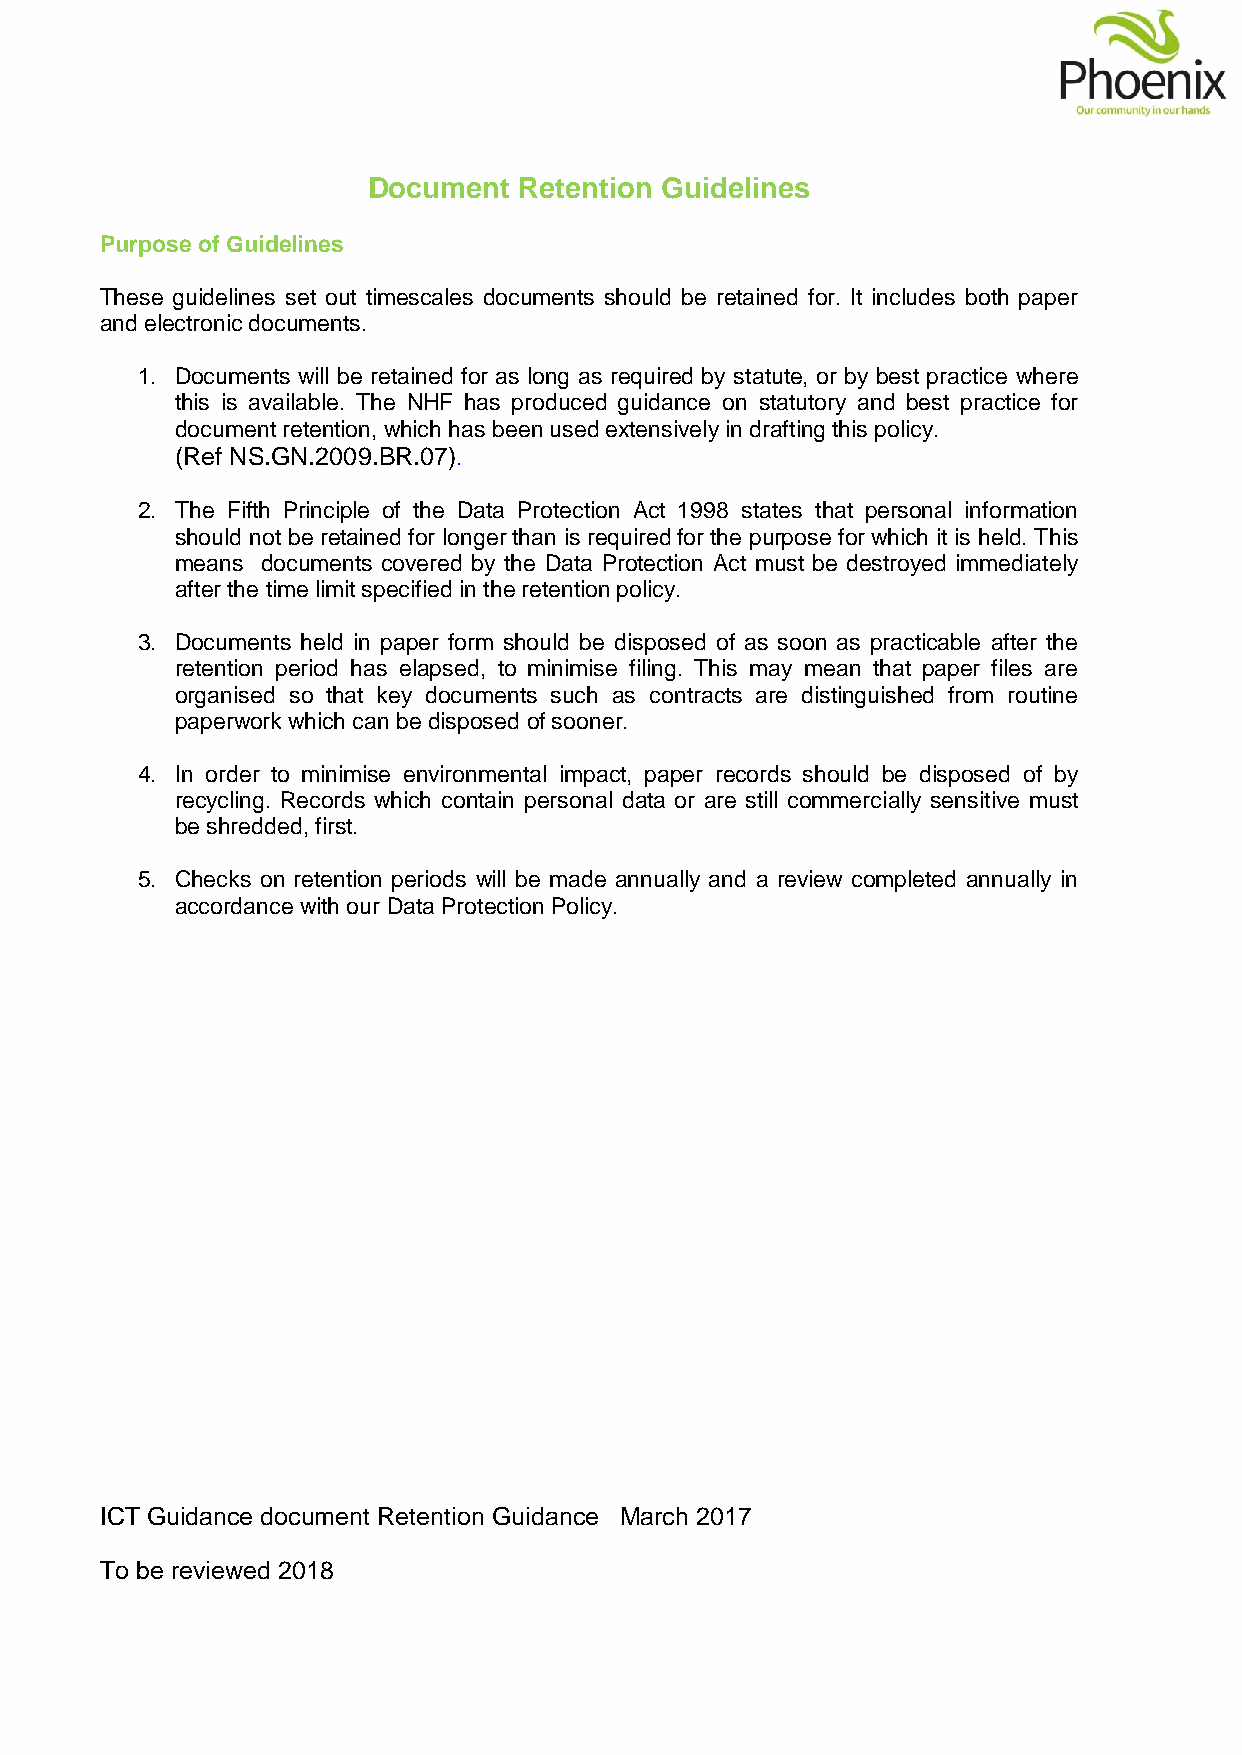
Document  Retention Guidelines
 Purpose of Guidelines
 These guidelines set out timescales documents should be retained for. It includes both paper
 and electronic documents.
 1. Documents will be retained for as long as required by statute, or by best practice where
 this is available. The NHF has produced guidance on statutory and best practice for
 document retention, which has been used extensively in drafting this policy.
 (Ref NS.GN.2009.BR.07).
 2. The Fifth Principle of the Data Protection Act 1998 states that personal information
 should not be retained for longer than is required for the purpose for which it is held. This
 means documents covered by the Data Protection Act must be destroyed immediately
 after the time limit specified in the retention policy.
 3. Documents held in paper form should be disposed of as soon as practicable after the
 retention period has elapsed, to minimise filing. This may mean that paper files are
 organised so that key documents such as contracts are distinguished from routine
 paperwork which can be disposed of sooner.
 4. In order to minimise environmental impact, paper records should be disposed of by
 recycling. Records which contain personal data or are still commercially sensitive must
 be shredded, first.
 5. Checks on retention periods will be made annually and a review completed annually in
 accordance with our Data Protection Policy.
 ICT Guidance document Retention Guidance March 2017
 To be reviewed 2018